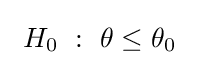
\ H_{0}\ :\ \theta \leq \theta _{0}\